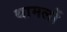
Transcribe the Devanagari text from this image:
थामलों